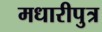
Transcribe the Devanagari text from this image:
मधारीपुत्र